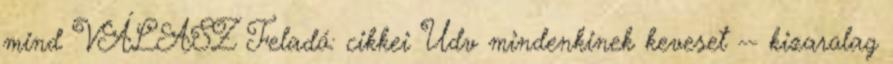
mind VÁLASZ Feladó: cikkei Udv mindenkinek keveset -- kizarolag